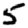
Digit: 5